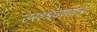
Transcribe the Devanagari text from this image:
उरश्श्रवणयंत्र